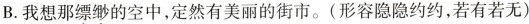
B. 我想那缥缈的空中，定然有美丽的街市。(形容隐隐约约，若有若无)